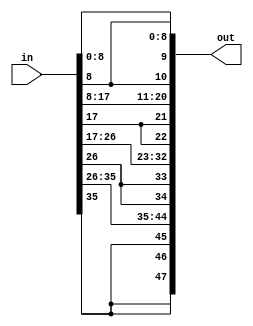
module extend #(
    parameter INPUT_NUM    = 4,
              INPUT_WIDTH  = 9,
              EXTRA        = 3 
) (
    input [INPUT_NUM*INPUT_WIDTH-1:0]           in,
    output [INPUT_NUM*(INPUT_WIDTH+EXTRA)-1:0] out
);

    genvar i;
    generate
    for (i=0; i<INPUT_NUM; i=i+1) begin: EXTEND
        assign out[i*(INPUT_WIDTH+EXTRA)+:(INPUT_WIDTH+EXTRA)] 
            = {{EXTRA{in[(i+1)*INPUT_WIDTH-1]}}, in[i*INPUT_WIDTH+:INPUT_WIDTH]};
    end
    endgenerate

endmodule